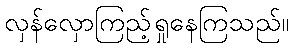
လှန်လှောကြည့်ရှုနေကြသည်။